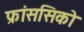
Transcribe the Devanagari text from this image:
फ्रांससिको